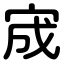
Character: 宬